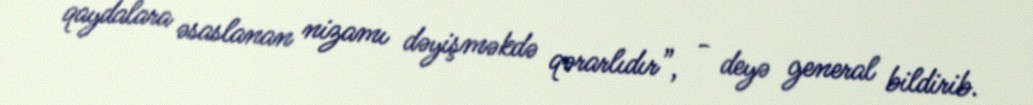
qaydalara əsaslanan nizamı dəyişməkdə qərarlıdır”, - deyə general bildirib.